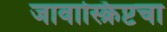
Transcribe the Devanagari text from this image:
जावास्क्रिप्टचा